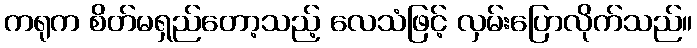
ကရုက စိတ်မရှည်တော့သည့် လေသံဖြင့် လှမ်းပြောလိုက်သည်။